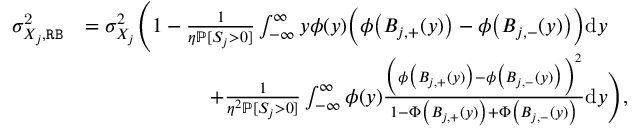
\begin{array} { r l } { \sigma _ { X _ { j } , \mathtt { R B } } ^ { \mathrm { 2 } } } & { = \sigma _ { X _ { j } } ^ { 2 } \Bigg ( 1 - \frac { 1 } { \eta \mathbb { P } [ S _ { j } > 0 ] } \int _ { - \infty } ^ { \infty } y \phi ( y ) \Big ( \phi \big ( B _ { j , + } ( y ) \big ) - \phi \big ( B _ { j , - } ( y ) \big ) \Big ) \mathrm { d } y } \\ & { \qquad \qquad \qquad + \frac { 1 } { \eta ^ { 2 } \mathbb { P } [ S _ { j } > 0 ] } \int _ { - \infty } ^ { \infty } \phi ( y ) \frac { \Big ( \phi \big ( B _ { j , + } ( y ) \big ) - \phi \big ( B _ { j , - } ( y ) \big ) \Big ) ^ { 2 } } { 1 - \Phi \big ( B _ { j , + } ( y ) \big ) + \Phi \big ( B _ { j , - } ( y ) \big ) } \mathrm { d } y \Bigg ) , } \end{array}